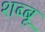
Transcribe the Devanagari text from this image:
शब्बू